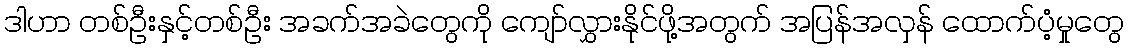
ဒါဟာ တစ်ဦးနှင့်တစ်ဦး အခက်အခဲတွေကို ကျော်လွှားနိုင်ဖို့အတွက် အပြန်အလှန် ထောက်ပံ့မှုတွေ